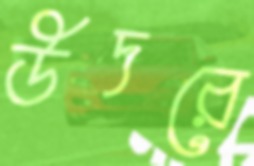
উদরে